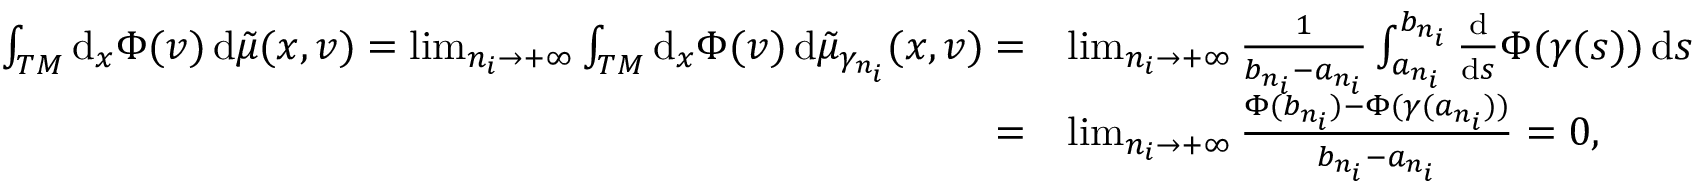
\begin{array} { r l } { \int _ { T M } \mathrm { d } _ { x } \Phi ( v ) \, \mathrm { d } \tilde { \mu } ( x , v ) = \operatorname* { l i m } _ { n _ { i } \to + \infty } \int _ { T M } \mathrm { d } _ { x } \Phi ( v ) \, \mathrm { d } \tilde { \mu } _ { \gamma _ { n _ { i } } } ( x , v ) = } & { \operatorname* { l i m } _ { n _ { i } \to + \infty } \frac 1 { b _ { n _ { i } } - a _ { n _ { i } } } \int _ { a _ { n _ { i } } } ^ { b _ { n _ { i } } } \frac { \mathrm { d } } { \mathrm { d } s } \Phi ( \gamma ( s ) ) \, \mathrm { d } s } \\ { = } & { \operatorname* { l i m } _ { n _ { i } \to + \infty } \frac { \Phi ( b _ { n _ { i } } ) - \Phi ( \gamma ( a _ { n _ { i } } ) ) } { b _ { n _ { i } } - a _ { n _ { i } } } = 0 , } \end{array}